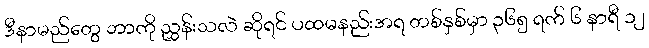
ဒီနာမည်တွေ ဘာကို ညွှန်းသလဲ ဆိုရင် ပထမနည်းအရ တစ်နှစ်မှာ ၃၆၅ ရက် ၆ နာရီ ၁၂